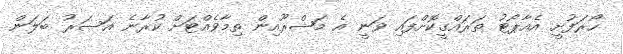
ހޯރަފުށީ އެއާޕޯޓު ތަރައްގީކޮށްފައި ވަނީ އެ މަޝްރޫއިން ތިމާވެއްޓަށް ކުރާނެ އަސަރު ބަލަން